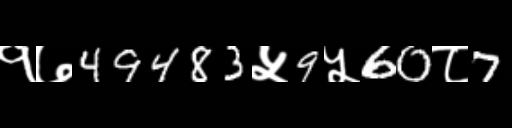
Text: १७49483५9५60८7